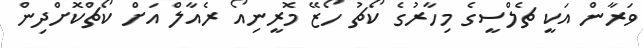
ވަރާން އަކީ ޗެލްސީގެ މިހާރުގެ ކޯޗު ހޯޒޭ މޮރީނިއޯ ރެއާލް އަށް ކޯޗްކޮށްދިން